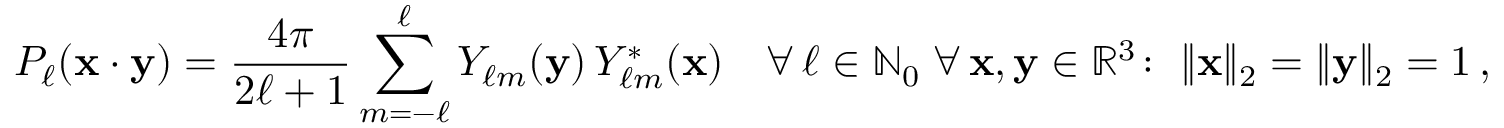
P _ { \ell } ( \mathbf { x } \cdot \mathbf { y } ) = { \frac { 4 \pi } { 2 \ell + 1 } } \sum _ { m = - \ell } ^ { \ell } Y _ { \ell m } ( \mathbf { y } ) \, Y _ { \ell m } ^ { * } ( \mathbf { x } ) \quad \forall \, \ell \in \mathbb { N } _ { 0 } \; \forall \, \mathbf { x } , \mathbf { y } \in \mathbb { R } ^ { 3 } \colon \; \| \mathbf { x } \| _ { 2 } = \| \mathbf { y } \| _ { 2 } = 1 \, ,